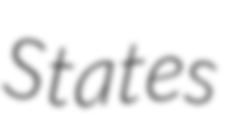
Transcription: States